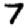
Digit: 7